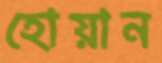
হোয়ান